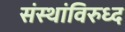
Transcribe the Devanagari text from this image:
संस्थांविरुध्द